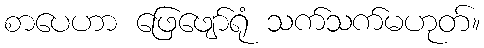
စာပေဟာ ဖြေဖျော်ရုံ သက်သက်မဟုတ်။